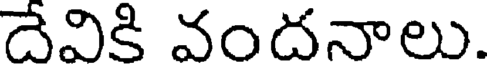
దేవికి వందనాలు.